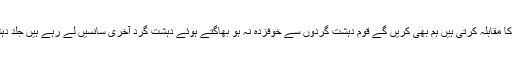
زندہ قومیں ڈٹ کر دہشت گردی کا مقابلہ کرتی ہیں ہم بھی کریں گے قوم دہشت گردوں سے خوفزدہ نہ ہو بھاگتے ہوئے دہشت گرد آخری سانسیں لے رہے ہیں جلد دہشت گردوں کا مکمل خاتمہ ہوگا۔